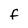
Character: f